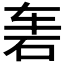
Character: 𱳬